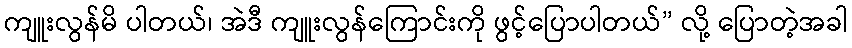
ကျူးလွန်မိ ပါတယ်၊ အဲဒီ ကျူးလွန်ကြောင်းကို ဖွင့်ပြောပါတယ်” လို့ ပြောတဲ့အခါ